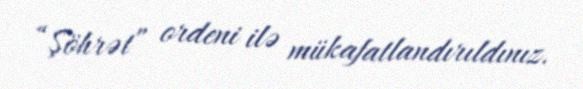
“Şöhrət” ordeni ilə mükafatlandırıldınız.